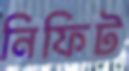
নিফিট